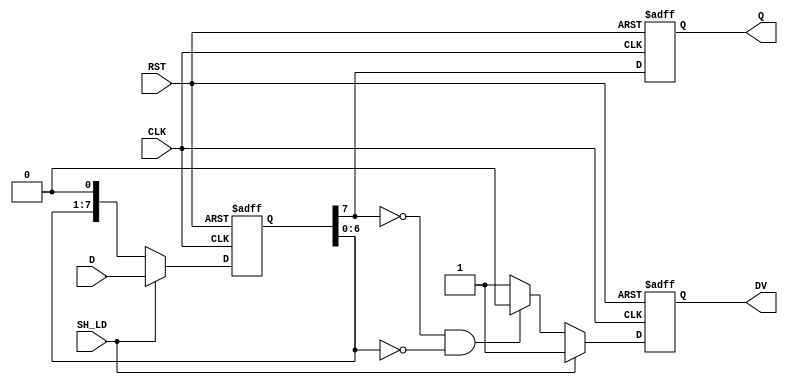
module PISO_Register #(
    parameter N = 8 // Parameter for the width of the register
)(
    input wire [N-1:0] D,     // Parallel Data Inputs
    input wire SH_LD,         // Shift/Load Control Signal
    input wire CLK,           // Clock Signal
    input wire RST,           // Asynchronous Reset Signal
    output reg Q,             // Serial Output
    output reg DV             // Data Valid Signal
);

    reg [N-1:0] shift_reg;    // Internal shift register

    always @(posedge CLK or posedge RST) begin
        if (RST) begin
            // Asynchronous reset
            shift_reg <= {N{1'b0}}; // Clear all bits
            Q <= 1'b0;
            DV <= 1'b0;
        end else begin
            if (SH_LD) begin
                // Load mode
                shift_reg <= D; // Load parallel data
                Q <= shift_reg[N-1]; // Output the MSB
                DV <= 1'b1; // Data valid is asserted
            end else begin
                // Shift mode
                Q <= shift_reg[N-1]; // Output the MSB
                shift_reg <= {shift_reg[N-2:0], 1'b0}; // Shift right
                if (shift_reg[N-1] == 1'b0 && shift_reg[N-2:0] == {N-1{1'b0}}) begin
                    DV <= 1'b0; // De-assert Data Valid when all bits are shifted out
                end else begin
                    DV <= 1'b1; // Data is still valid
                end
            end
        end
    end

endmodule